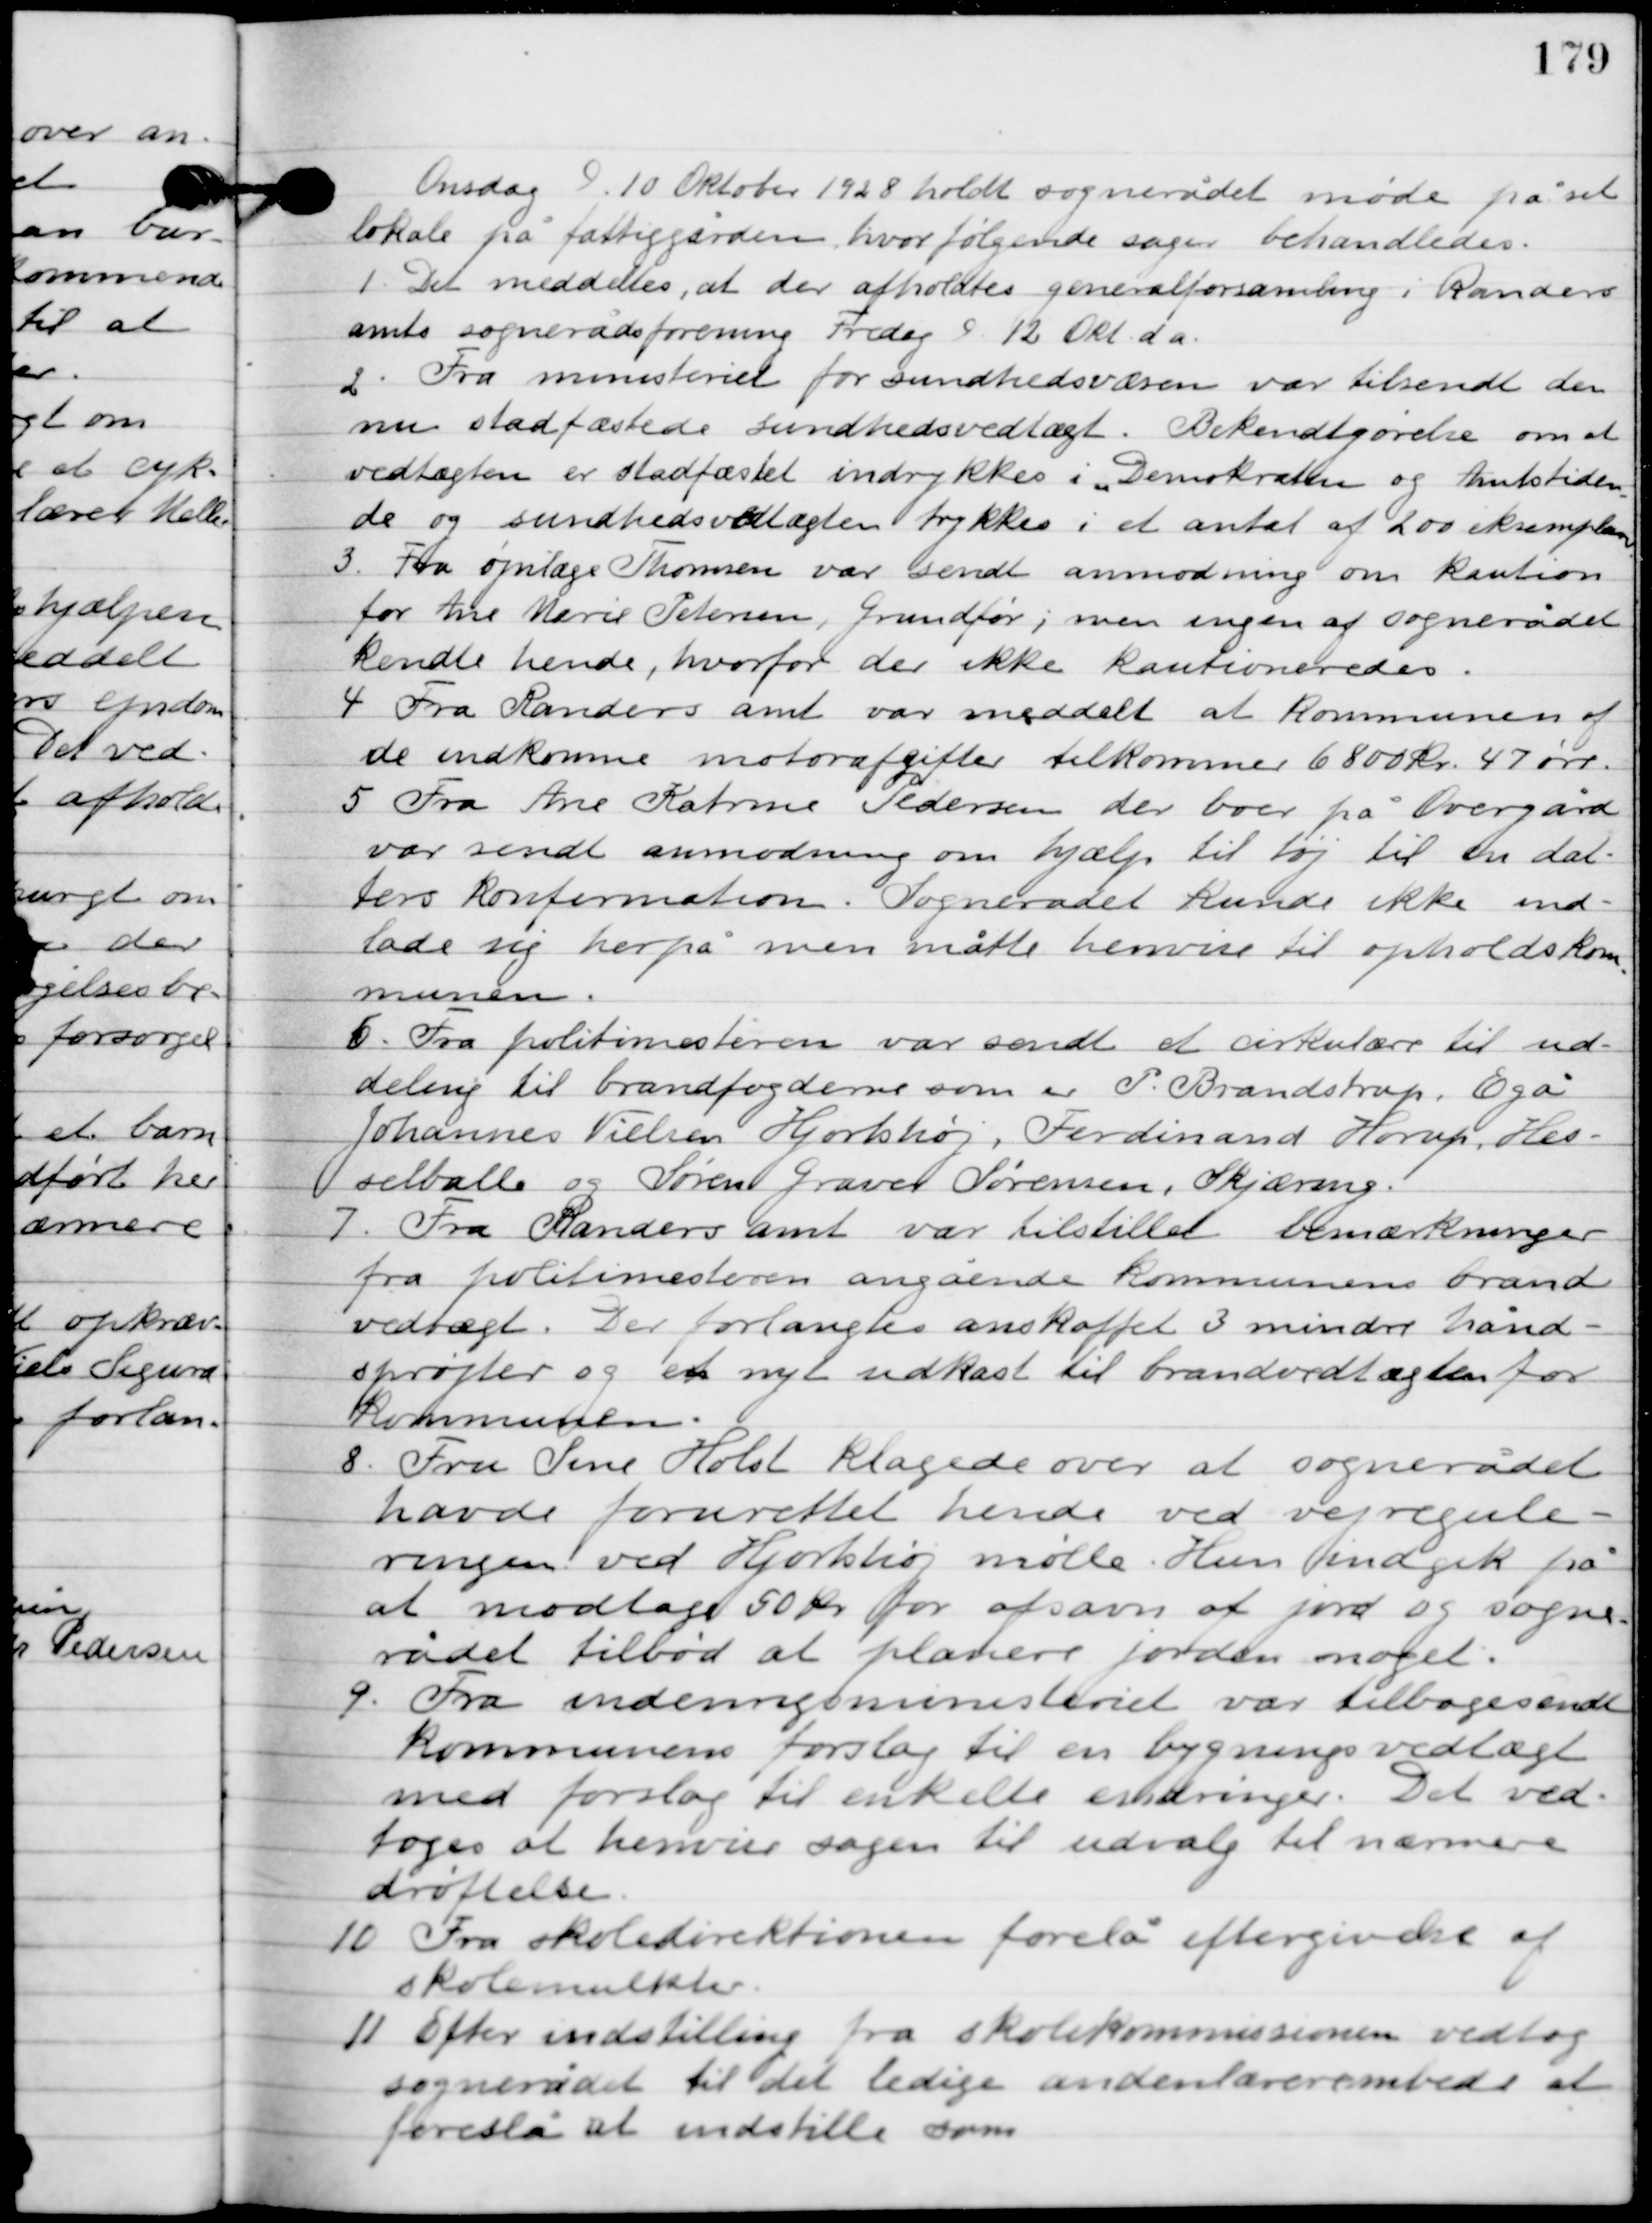
Transskription:
Onsdag D. 10. Oktober 1928. holdt sognerådet møde på sit
lokale på fattiggården, hvor følgende sager behandledes.

1

Det meddeles, at der afholdtes generalforsamling i Randers
amts sognerådsforening fredag D. 12. Okt. d.a.

2

Fra ministeriet for sundhedsvæsen var tilsendt den
nu stadfæstede sundhedsvedtægt. Bekendtgørelse om at
vedtægten er stadfæstet indrykkes i ”Demokraten og amtstiden-
de og sundhedsvedtægten trykkes i et antal af 200 eksemplarer”

3

Fra øjenlæge Thomsen var sendt anmodning om kaution
for Ane Marie Petersen, Grundfør; men ingen af sognerådet
kendte hende, hvorfor de ikke kautioneredes.

4

Fra Randers amt var meddelt at kommunen af
de indkomne motorafgiter tilkommer 6800 kr. 47 øre.

5

Fra Ane Katrine Pedersen der boer på Overgård
var sendt anmodning om hjælp til tøj til en dat-
ters konfirmation. Sognerådet kunde ikke ind-
lade sig herpå men måtte henvise til opholdskom-
munen.

6

Fra politimesteren var sendt et cirkulære til ud-
deling til brandfogederne som er P. Brandstrup, Egå
Johannes Nielsen Hjortshøj, Ferdinand Horup, Hes-
selballe og SørenGgraver Sørensen, Skjæirng.

7

Fra Randers amt var tilstillet bemærkninger
fra politimesteren angående kommunens brand-
vedtægt. Det forlangtes anskaffet 3 mindre hånd-
sprøjter og et nyt udkast til brandvedtægten for
kommunen.

8

Fru Sine Holst klagede over at sognerådet
havde forurettet hende ved vejregule-
ringen ved Hjortshøj møde. Hun indgik på
at modtage 50 kr. for afsavn af jord og sogne-
rådet tilbød at planere jorden noget.

9

Fra indenrigsministeriet var tilbagesendt
kommunens forslag til en bygningsvedtægt
med forslag til enkelte ændringer. Det ved-
toges at henvise sagen til udvalg til nærmere
drøftelse.

10

Fra skoledirektionen forelå eftergivelse af
skolemulkter.

11

Efter indstilling fra skolekommissionen vedtog
sognerådet til det ledige anden lærerembede at
foreslå at indstille som